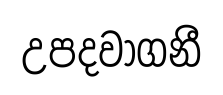
උපදවාගනී